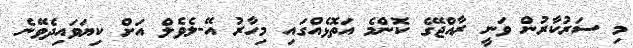
މި ސަރުކާރުން ވަނީ ރާއްޖޭގެ ކޮންމެ އަތޮޅެއްގައި މިހާރު އޭ-ލެވެލް އަށް ކިޔަވައިދެވޭނެ